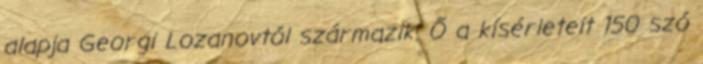
alapja Georgi Lozanovtól származik. Ő a kísérleteit 150 szó